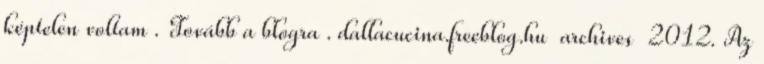
képtelen voltam . Tovább a blogra . dallacucina.freeblog.hu archives 2012. Az